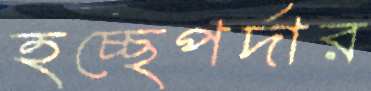
হচ্ছেপর্দার